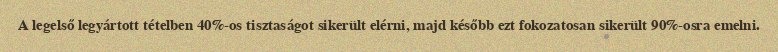
A legelső legyártott tételben 40%-os tisztaságot sikerült elérni, majd később ezt fokozatosan sikerült 90%-osra emelni.